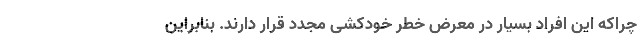
چراکه این افراد بسیار در معرض خطر خودکشی مجدد قرار دارند. بنابراین